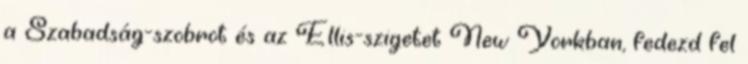
a Szabadság-szobrot és az Ellis-szigetet New Yorkban, fedezd fel